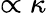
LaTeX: \propto\kappa